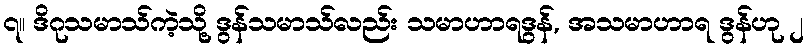
၇။ ဒိဂုသမာသ်ကဲ့သို့ ဒွန်သမာသ်လည်း သမာဟာရဒွန်, အသမာဟာရ ဒွန်ဟု ၂